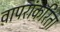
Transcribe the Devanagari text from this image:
वापरांकरिता